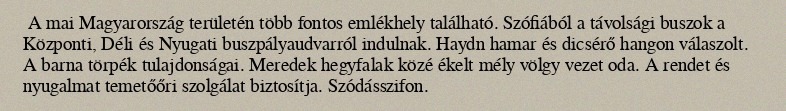
A mai Magyarország területén több fontos emlékhely található. Szófiából a távolsági buszok a Központi, Déli és Nyugati buszpályaudvarról indulnak. Haydn hamar és dicsérő hangon válaszolt. A barna törpék tulajdonságai. Meredek hegyfalak közé ékelt mély völgy vezet oda. A rendet és nyugalmat temetőőri szolgálat biztosítja. Szódásszifon.